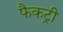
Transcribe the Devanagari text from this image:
फैकट्री